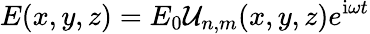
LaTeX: E(x,y,z)=E_{0}\mathcal{U}_{n,m}(x,y,z)e^{\mathrm{i}\omega t}